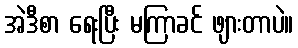
အဲဒီစာ ရေးပြီး မကြာခင် ဖျားတာပဲ။